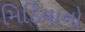
મિડિયાનો